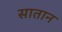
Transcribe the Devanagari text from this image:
सातान